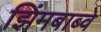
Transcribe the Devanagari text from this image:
झिंमबाब्वे